Civil Veterinary Dept. North-West Frontier Province 1901-22 - 1901-1922
Year: 1901
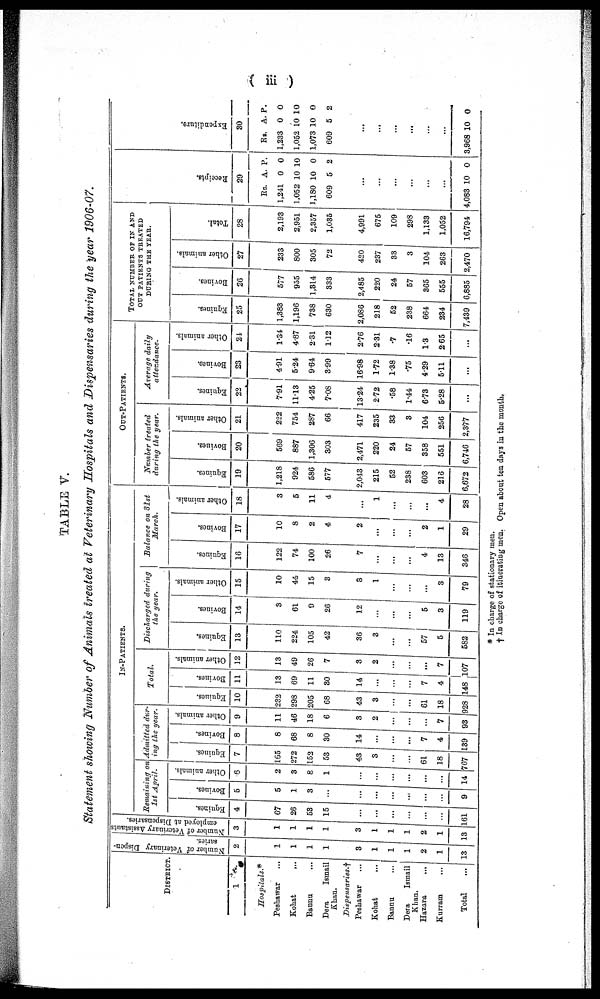
(iii)
TABLE V.
Statement showing Number of Animals treated at Veterinary Hospitals and Dispensaries during the year 1906-07.
DISTRICT.
1
Hospitals.*
Peshawar ...
Kohat ...
Bannu ...
Dera
Ismail
Khan.
Dispensaries.†
Peshawar
...
Kohat
...
Bannu
...
Dera
Ismail
Khan.
Hazard ...
Kurram ...
Total ...
Number of Veterinary Dispen-
saries.
2
1
1
1
1
3
1
1
1
2
1
13
Number of Veterinary Assistants
employed at Dispensaries.
3
1
1
1
1
3
1
1
1
2
1
13
IN-PATIENTS.
Remaining on
1st April.
Equines.
4
67
26
53
15
...
...
...
...
...
..
161
Bovines.
5
5
1
3
...
...
...
...
...
...
...
9
Other animals.
6
2
3
8
1
...
...
...
...
...
...
14
Admitted dur-
ing the year.
Equines.
7
165
272
152
53
43
3
...
...
61
18
767
Bovines.
8
8
68
8
30
14
...
...
...
7
4
139
Other animals.
9
11
46
18
6
3
2
...
...
...
7
93
Total.
Equines.
10
232
298
205
68
43
3
...
...
61
18
928
Bovines.
11
13
69
11
30
14
...
...
...
7
4
148
Other animals.
12
13
49
26
7
3
2
...
...
...
7
107
Discharged during
the year.
Equines.
13
110
224
105
42
36
3
...
...
57
5
582
Bovines.
14
3
61
9
26
12
...
...
...
5
3
119
Other animals.
15
10
44
15
3
8
1
...
...
...
3
79
Balance on 31st
March
Equines.
16
122
74
100
26
7
...
...
...
4
13
346
Bovines.
17
10
8
2
4
2
...
...
...
2
1
29
Other animals.
18
3
5
11
4
...
1
...
...
...
4
28
OUT-PATIENTS.
Number treated
during the year.
Equines.
19
1,218
924
586
577
2,043
215
52
238
603
216
5,672
Boviue3.
20
569
887
1,306
303
2,471
220
24
57
358
551
6,746
Other animals.
21
222
754
287
66
417
235
33
3
104
256
2,377
Average daily
attozdance
Equines.
22
7.91
11.13
4.25
7.08
13.24
2.72
.58
1.44
6.73
5.28
...
Bovines.
23
4.91
5.24
964
3.99
16.98
1.72
1.38
.75
4.29
5.11
...
Other animals.
24
1.34
4.87
2.31
1.12
2.76
2.31
.7
.16
1.3
2.65
...
TOTAL NUMBER OF IN AND
OUT PATIENTS TREATED
DURING THE YEAR.
Equines.
25
1,383
1,196
738
630
2,086
218
52
238
664
234
7,439
Bovines.
26
577
955
1,814
333
2,485
220
24
57
365
555
6,885
Other animals.
27
233
800
305
72
420
237
33
3
104
263
2,470
Total.
28
2,193
2,951
2,357
1,035
4,991
675
109
298
1,133
1,052
16,794
Recei pt s.
29
Rs.
1,241
1,052
1,180
609
...
...
...
...
...
...
4,083
A.
0
10
10
5
10
P.
0
10
0
2
0
Expenditurs.
30
Rs.
1,233
1,052
1,073
609
...
...
...
...
...
...
3,968
A.
0
10
10 0
5
10
P.
0
10
2
0
* In charge of stationary men.
† In charge of itinerating men. Open about ton days in the month.